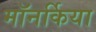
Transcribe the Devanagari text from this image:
मॉनर्किया